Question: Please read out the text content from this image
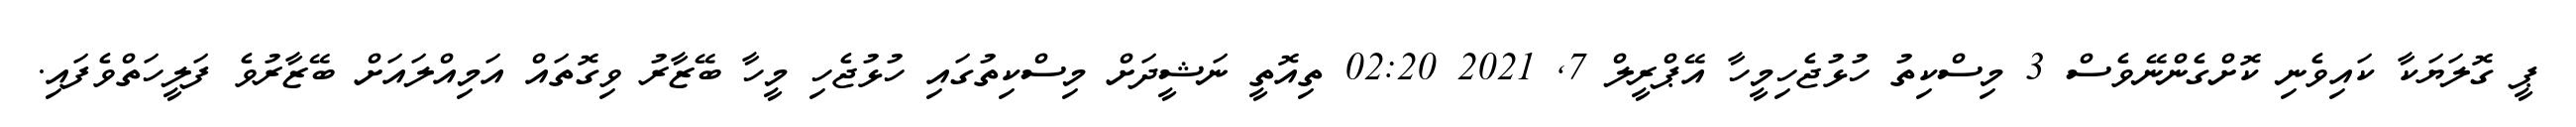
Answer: ޕީ ގޮލަޔަކާ ކައިވެނި ކޮށްގެންނޭވެސް 3 މިސްކިތު ހުޅުޖެހިމީހާ އޭޕްރީލް 7, 2021 02:20 ތިއޮތީ ނަޝީދަށް މިސްކިތުގައި ހުޅުޖެހި މީހާ ބޭޒާރު ވިގޮތައް އަމިއްލައަށް ބޭޒާރުވެ ފަލީހަތްވެފައި.